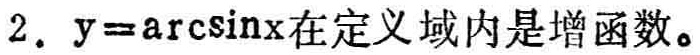
$2.\ y = \arcsin x在定义域内是增函数。$